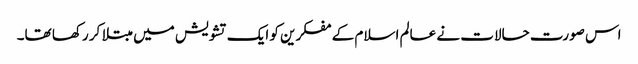
اس صورت حالات نے عالم اسلام کے مفکرین کو ایک تشویش میں مبتلا کر رکھا تھا۔